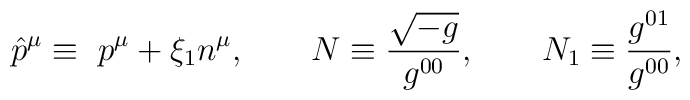
\hat p^\mu\equiv\ p^\mu+\xi_1 n^\mu, \qquad N\equiv\frac{\sqrt{-g}}{g^{00}}, \qquad N_1\equiv\frac{g^{01}}{g^{00}},